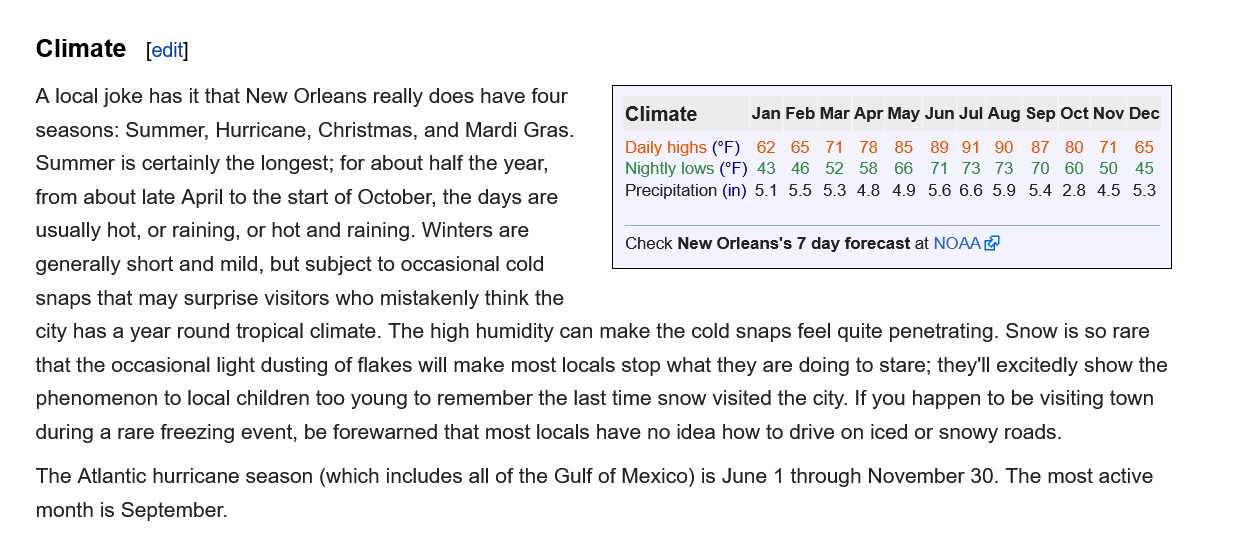
A
    local joke has it that New Orleans really does have four
    seasons: Summer, Hurricane, Christmas, and Mardi Gras.
    Summer is certainly the longest; for about half the year,
    from about late April to the start of October, the days are
    usually hot, or raining, or hot and raining. Winters are
    generally short and mild, but subject to occasional cold
    snaps that may surprise visitors who mistakenly think the

     Climate
     Daily highs (°F) 62 65 71 78 85 89 91 90 87 80 71 65
     Nightly lows (°F) 43 46 52 58 66 71 73 73 70 60 50 45
     Precipitation (in) 5.155 53 48 49 566659 54 28 45 53
     Jan Feb Mar Apr May Jun Jul Aug Sep Oct Nov Dec
     Check New Orleans's 7 day forecast at NOAA

    city has a year round tropical climate. The high humidity can make the cold snaps feel quite penetrating. Snow is so rare
    that the occasional light dusting of flakes will make most locals stop what they are doing to stare; they'll excitedly show the
    phenomenon to local children too young to remember the last time snow visited the city. If you happen to be visiting town
    during a rare freezing event, be forewarned that most locals have no idea how to drive on iced or snowy roads.
    The Atlantic hurricane season (which includes all of the Gulf of Mexico) is June 1 through November 30. The most active
    month is September.
     Check New Orleans's 7 day forecast at NOAA®
    Climate   [edit]